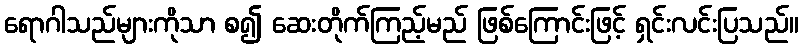
ရောဂါသည်များကိုသာ စ၍ ဆေးတိုက်ကြည့်မည် ဖြစ်ကြောင်းဖြင့် ရှင်းလင်းပြသည်။